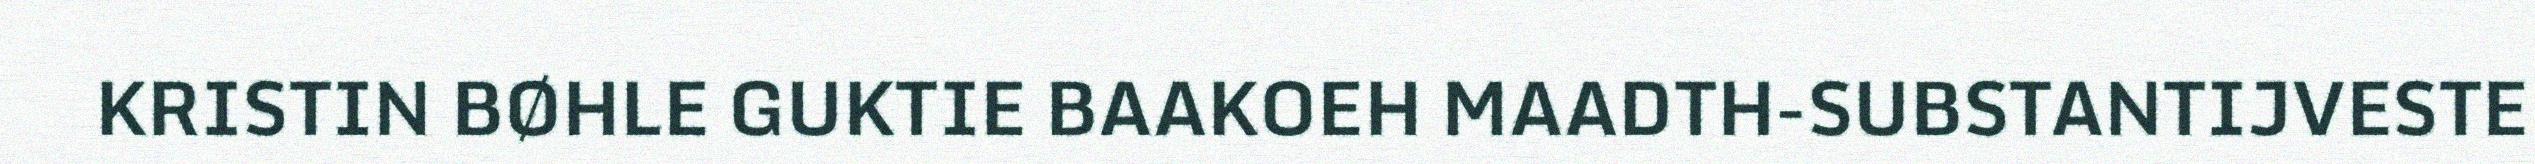
KRISTIN BØHLE GUKTIE BAAKOEH MAADTH-SUBSTANTIJVESTE